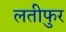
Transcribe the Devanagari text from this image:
लतीफुर